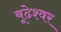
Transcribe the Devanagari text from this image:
बूढेश्वर